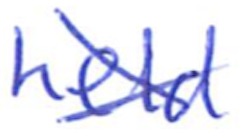
Text: held
Cross-out: cross
Writing tool: ballpoint